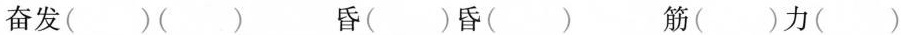
奋发()()昏()昏()筋()力()